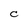
Character: C